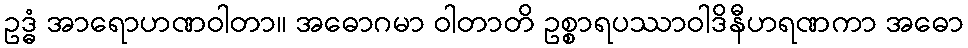
ဥဒ္ဓံ အာရောဟဏဝါတာ။ အဓောဂမာ ဝါတာတိ ဥစ္စာရပဿာဝါဒိနီဟရဏကာ အဓော